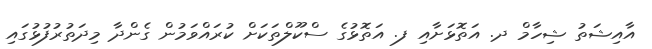
އާއިޝަތު ޝިހާމް ދ. އަތޮޅަށާއި ފ. އަތޮޅުގެ ސްކޫލްތަކަށް ކުރައްވަމުން ގެންދާ މިދަތުރުފުޅުގައި